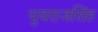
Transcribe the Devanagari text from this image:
युवराजसिंह